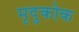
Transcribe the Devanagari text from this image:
मृदुकोक